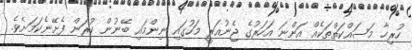
ހުރިހާ މަސައްކަތްތަކެއް އަންނަ އަހަރުގެ ޖެނުއަރީ މަހުގައި ނިންމައި ބޭނުން ކުރަން ފެށޭނެކަމަށެވެ.